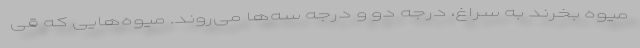
میوه بخرند به سراغ، درجه دو و درجه سه‌ها می‌روند. میوه‌هایی که قی